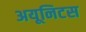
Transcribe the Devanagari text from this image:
अयूनिटस